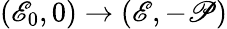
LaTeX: (\mathscr{E}_{0},0)\to(\mathscr{E},-\mathscr{P})